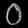
Digit: ၀